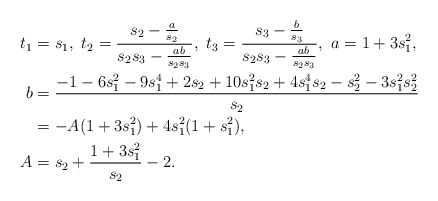
\begin{align*}t_1&=s_1,\ t_2=\frac{s_2-\frac{a}{s_2}}{s_2s_3-\frac{ab}{s_2s_3}},\ t_3=\frac{s_3-\frac{b}{s_3}}{s_2s_3-\frac{ab}{s_2s_3}},\ a=1+3s_1^2,\\b&= \frac{-1-6s_1^2-9s_1^4+2s_2+10s_1^2s_2+4s_1^4s_2-s_2^2-3s_1^2s_2^2}{s_2}\\&=-A (1 + 3 s_1^2) + 4s_1^2 (1 + s_1^2),\\A&=s_2+\frac{1+3s_1^2}{s_2}-2.\end{align*}